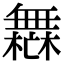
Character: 𣞣